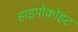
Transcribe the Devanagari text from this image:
हाइपोक्रोइट